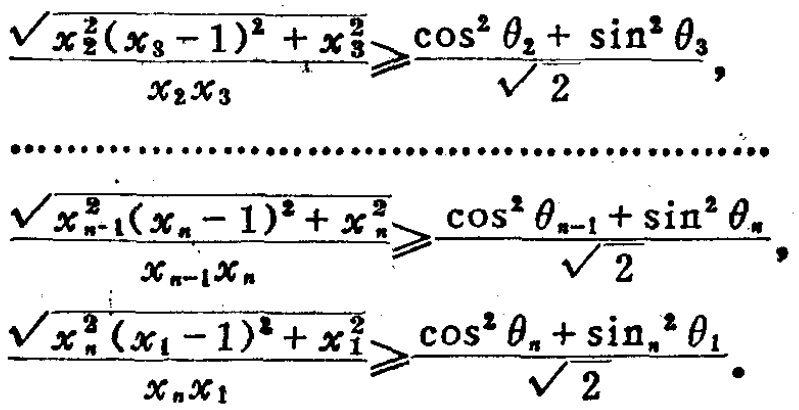
\[\frac{\sqrt{x_{2}^{2}(x_{3} - 1)^{2}+x_{3}^{2}}}{x_{2}x_{3}}\geqslant\frac{\cos^{2}\theta_{2}+\sin^{2}\theta_{3}}{\sqrt{2}},\]
\[\cdots\cdots\cdots\cdots\cdots\cdots\cdots\cdots\cdots\cdots\cdots\cdots\cdots\cdots\cdots\cdots\cdots\]
\[\frac{\sqrt{x_{n - 1}^{2}(x_{n} - 1)^{2}+x_{n}^{2}}}{x_{n - 1}x_{n}}\geqslant\frac{\cos^{2}\theta_{n - 1}+\sin^{2}\theta_{n}}{\sqrt{2}},\]
\[\frac{\sqrt{x_{n}^{2}(x_{1} - 1)^{2}+x_{1}^{2}}}{x_{n}x_{1}}\geqslant\frac{\cos^{2}\theta_{n}+\sin^{2}\theta_{1}}{\sqrt{2}}.\]